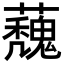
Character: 𮓀